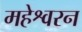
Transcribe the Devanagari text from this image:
महेश्वरन